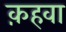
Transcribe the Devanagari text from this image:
क़हवा